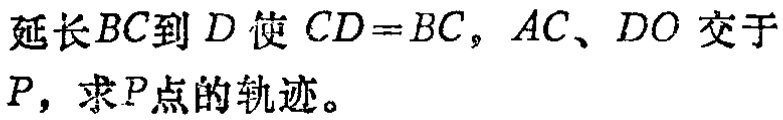
延长\(BC\)到\(D\)使\(CD = BC\)，\(AC\)、\(DO\)交于\(P\)，求\(P\)点的轨迹。